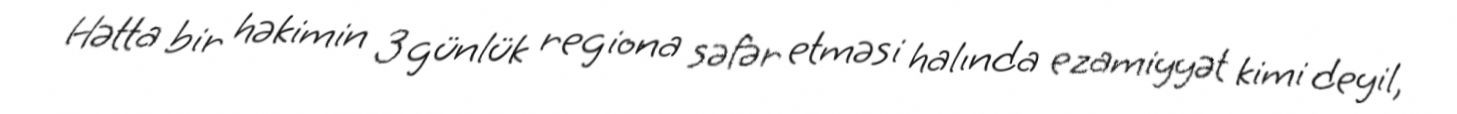
Hətta bir həkimin 3 günlük regiona səfər etməsi halında ezamiyyət kimi deyil,